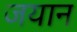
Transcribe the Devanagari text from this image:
जयान